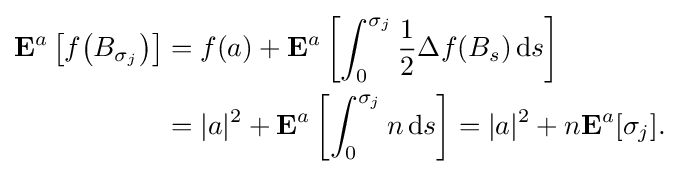
{\begin{aligned}\mathbf {E} ^{a}\left[f{\big (}B_{\sigma _{j}}{\big )}\right]&=f(a)+\mathbf {E} ^{a}\left[\int _{0}^{\sigma _{j}}{\frac {1}{2}}\Delta f(B_{s})\,\mathrm {d} s\right]\\&=|a|^{2}+\mathbf {E} ^{a}\left[\int _{0}^{\sigma _{j}}n\,\mathrm {d} s\right]=|a|^{2}+n\mathbf {E} ^{a}[\sigma _{j}].\end{aligned}}